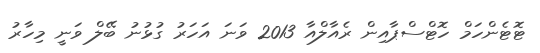
ޓޮޓެންހަމް ހޮޓްސްޕާއިން ރެއާލްއާ 2013 ވަނަ އަހަރު ގުޅުނު ބޭލް ވަނީ މިހާރު